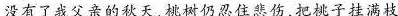
没有了我父亲的秋天，桃树仍忍住悲伤，把桃子挂满枝